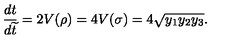
\frac { d t } { d \widetilde { t } } = 2 V ( \rho ) = 4 V ( \sigma ) = 4 \sqrt { y _ { 1 } y _ { 2 } y _ { 3 } } .